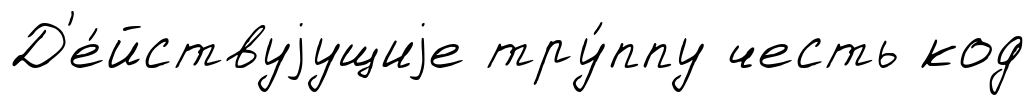
Д'е́йствуjущиjе тру́ппу честь код